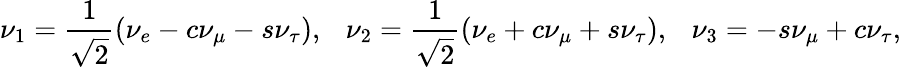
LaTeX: \nu_{1}={\frac{1}{\sqrt 2}}(\nu_{e}-c\nu_{\mu}-s\nu_{\tau}),~~~\nu_{2}={\frac{1}{\sqrt 2}}(\nu_{e}+c\nu_{\mu}+s\nu_{\tau}),~~~\nu_{3}=-s\nu_{\mu}+c\nu_{\tau},